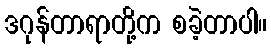
ဒဂုန်တာရာတို့က စခဲ့တာပါ။